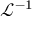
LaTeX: { \mathcal { L } } ^ { - 1 }